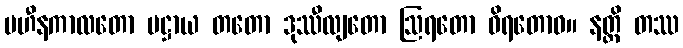
ပဟီနကာလတော ပဋ္ဌာယ တတော ဒုဿီလျတော ဩရတော ဝိရတောဝ။ နတ္ထိ တဿ